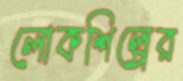
লোকশিল্পের